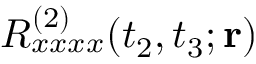
R _ { x x x x } ^ { ( 2 ) } ( t _ { 2 } , t _ { 3 } ; { \bf r } )